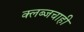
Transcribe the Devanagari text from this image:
क्लब्जचाही